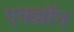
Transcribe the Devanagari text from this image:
एक्झॉन